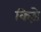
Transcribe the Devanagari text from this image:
किडे़